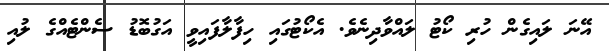
އޭނަ ލައިގެން ހުރި ކޯޓު ލައްވާދިނެވެ. އެކޯޓުގައި ހިފާލާފައިވީ އަގުބޮޑު ސެންޓެއްގެ ލުއި